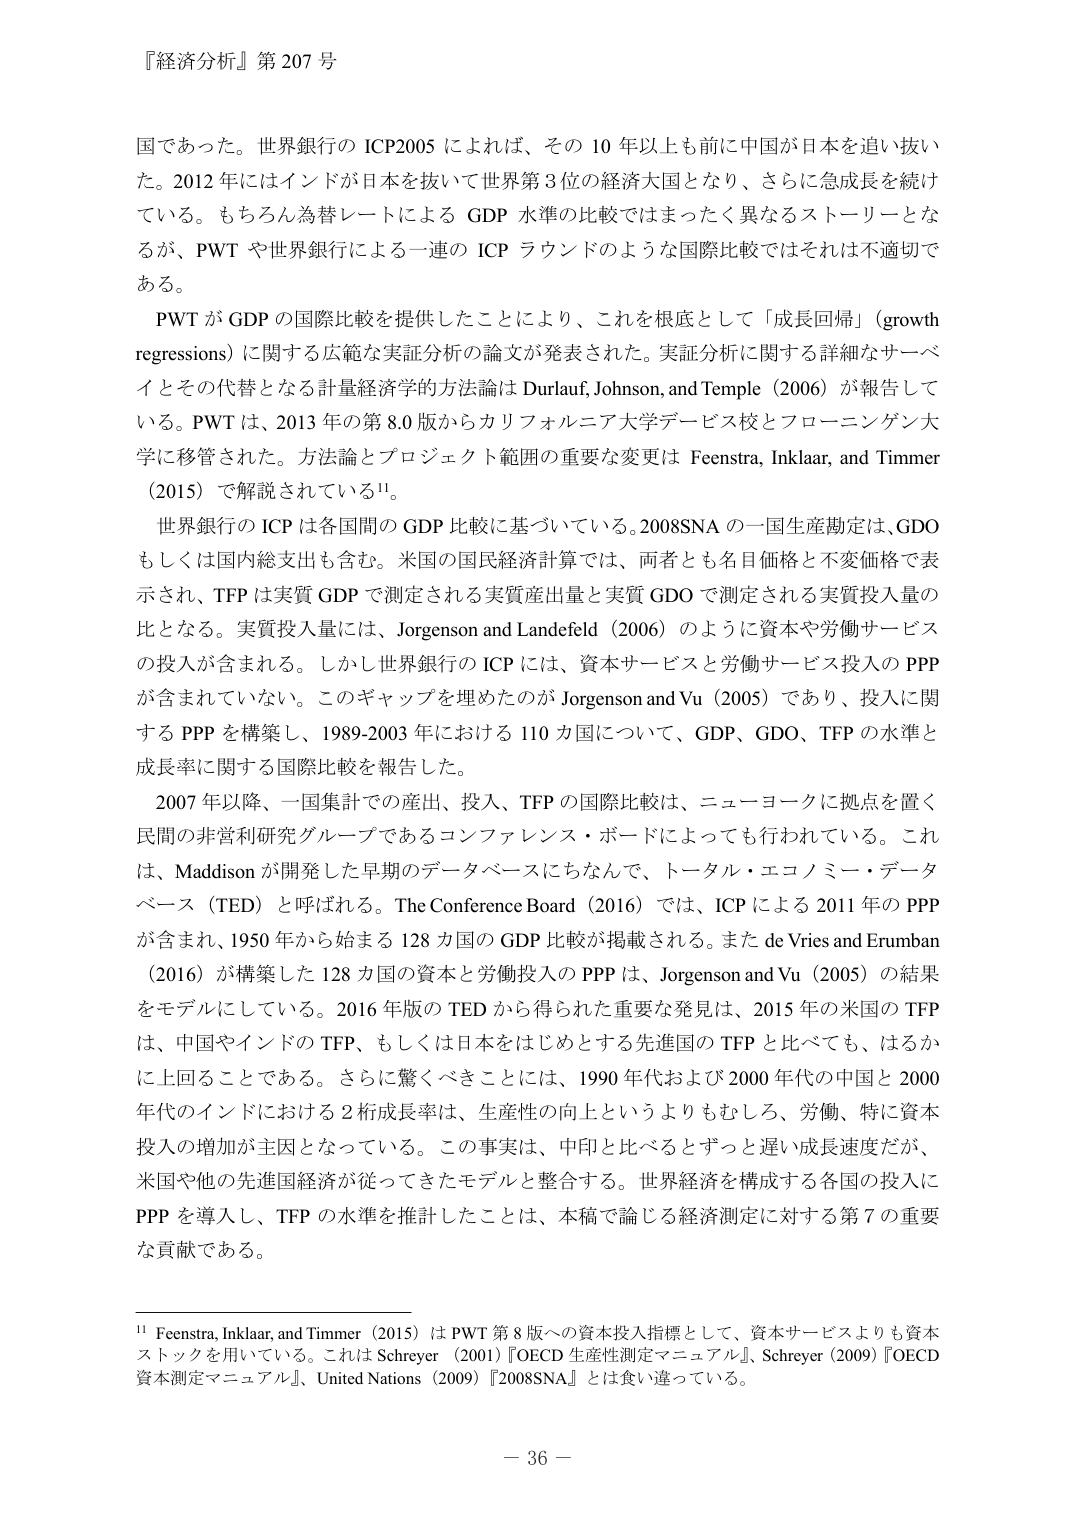
『経済分析』第 207 号

国であった。世界銀行の ICP2005 によれば、その 10 年以上も前に中国が日本を追い抜いた。2012 年にはインドが日本を抜いて世界第 3 位の経済大国となり、さらに急成長を続けている。もちろん為替レートによる GDP 水準の比較ではまったく異なるストーリーとなるが、PWT や世界銀行による一連の ICP ラウンドのような国際比較ではそれは不適切である。

PWT が GDP の国際比較を提供したことにより、これを根底として「成長回帰」（growth regressions）に関する広範な実証分析の論文が発表された。実証分析に関する詳細なサーベイとその代替となる計量経済学的方法論は Durlauf, Johnson, and Temple（2006）が報告している。PWT は、2013 年の第 8.0 版からカリフォルニア大学デービス校とフローニンゲン大学に移管された。方法論とプロジェクト範囲の重要な変更は Feenstra, Inklaar, and Timmer（2015）で解説されている¹¹。

世界銀行の ICP は各国間の GDP 比較に基づいている。2008SNA の一国生産勘定は、GDO もしくは国内総支出も含む。米国の国民経済計算では、両者とも名目価格と不変価格で表示され、TFP は実質 GDP で測定される実質産出量と実質 GDO で測定される実質投入量の比となる。実質投入量には、Jorgenson and Landefeld（2006）のように資本や労働サービスの投入が含まれる。しかし世界銀行の ICP には、資本サービスと労働サービス投入の PPP が含まれていない。このギャップを埋めたのが Jorgenson and Vu（2005）であり、投入に関する PPP を構築し、1989-2003 年における 110 カ国について、GDP、GDO、TFP の水準と成長率に関する国際比較を報告した。

2007 年以降、一国集計での産出、投入、TFP の国際比較は、ニューヨークに拠点を置く民間の非営利研究グループであるコンファレンス・ボードによっても行われている。これは、Maddison が開発した早期のデータベースにちなんで、トータル・エコノミー・データベース（TED）と呼ばれる。The Conference Board（2016）では、ICP による 2011 年の PPP が含まれ、1950 年から始まる 128 カ国の GDP 比較が掲載される。また de Vries and Erumban（2016）が構築した 128 カ国の資本と労働投入の PPP は、Jorgenson and Vu（2005）の結果をモデルにしている。2016 年版の TED から得られた重要な発見は、2015 年の米国の TFP は、中国やインドの TFP、もしくは日本をはじめとする先進国の TFP と比べても、はるかに上回ることである。さらに驚くべきことには、1990 年代および 2000 年代の中国と 2000 年代のインドにおける 2 桁成長率は、生産性の向上というよりもむしろ、労働、特に資本投入の増加が主因となっている。この事実は、中印と比べるとずっと遅い成長速度だが、米国や他の先進国経済が従ってきたモデルと整合する。世界経済を構成する各国の投入に PPP を導入し、TFP の水準を推計したことは、本稿で論じる経済測定に対する第 7 の重要な貢献である。

¹¹ Feenstra, Inklaar, and Timmer（2015）は PWT 第 8 版への資本投入指標として、資本サービスよりも資本ストックを用いている。これは Schreyer（2001）『OECD 生産性測定マニュアル』、Schreyer（2009）『OECD 資本測定マニュアル』、United Nations（2009）『2008SNA』とは食い違っている。

－ 36 －